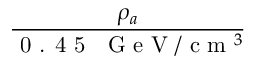
\frac { \rho _ { a } } { \textrm { 0 . 4 5 ~ G e V } / \textrm { c m } ^ { 3 } }